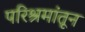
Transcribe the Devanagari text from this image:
परिश्रमांतून